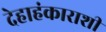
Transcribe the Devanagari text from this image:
देहाहंकाराशी